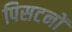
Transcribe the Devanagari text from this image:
पिसटनों